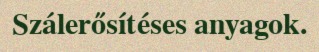
Szálerősítéses anyagok.